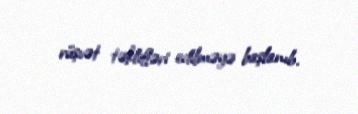
rüşvət təklifləri edilməyə başlanıb.